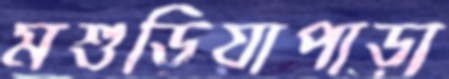
মশুড়িয়াপাড়া